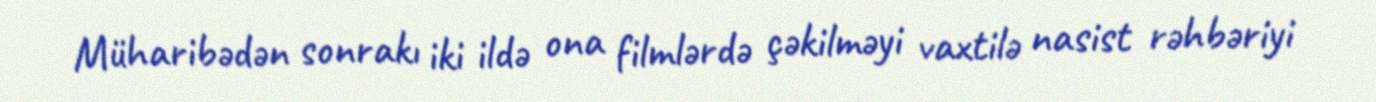
Müharibədən sonrakı iki ildə ona filmlərdə çəkilməyi vaxtilə nasist rəhbəriyi